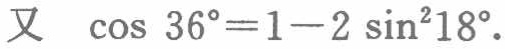
又 \(\cos 36^{\circ}=1 - 2\sin^{2}18^{\circ}\).